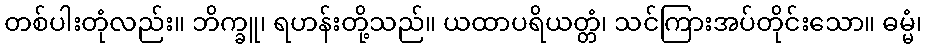
တစ်ပါးတုံလည်း။ ဘိက္ခူ၊ ရဟန်းတို့သည်။ ယထာပရိယတ္တံ၊ သင်ကြားအပ်တိုင်းသော။ ဓမ္မံ၊